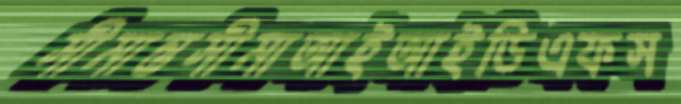
সীমান্তসীমাআইআইডিএফস